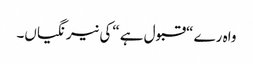
واہ رے “قبول ہے “کی نیرنگیاں۔